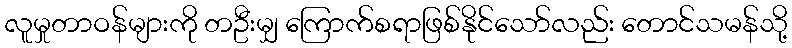
လူမှုတာဝန်များကို တဦးမျှ ကြောက်စရာဖြစ်နိုင်သော်လည်း တောင်သမန်သို့